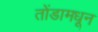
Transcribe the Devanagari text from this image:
तोंडामधून